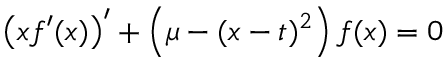
\left( x f ^ { \prime } ( x ) \right) ^ { \prime } + \left( \mu - ( x - t ) ^ { 2 } \right) f ( x ) = 0